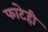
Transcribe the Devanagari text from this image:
फाटेही